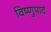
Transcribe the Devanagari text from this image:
विष्णुपादं